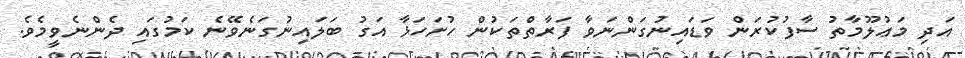
އަދި މަޢުލޫމާތު ސާފުކުރަން ވަޑައިނުގަންނަވާ ފަރާތްތަކުން ހުށަހަޅާ އަގު ބަލައިނުގަނެވޭނެ ކަމުގައި ދެންނެވީމެވެ.